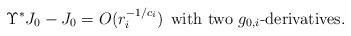
LaTeX: \begin{align*}\Upsilon^{*}J_{0}-J_{0}=O(r_{i}^{-1/c_i})\;\,\textrm{with two $g_{0,i}$-derivatives}.\end{align*}